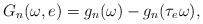
LaTeX: \begin{align*}G_n(\omega,e)= g_n(\omega)-g_n(\tau_e\omega),\end{align*}